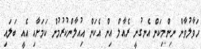
ހަވާލުވާން ނިންމިކަން އެނގުނީ ރެއާލް އިން އެކަން އިއުލާންކުރުމުން ކަމަށާއި އެއީ ބަލައި